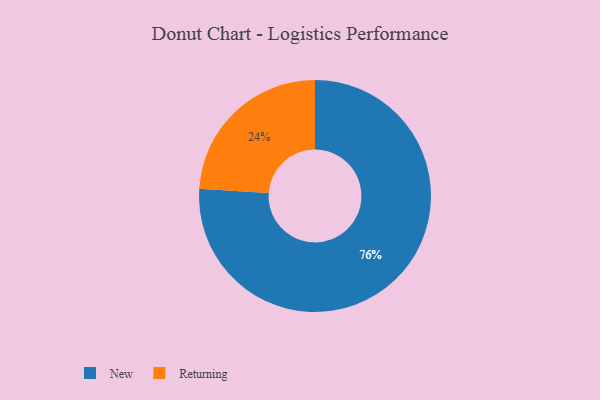
{"axis": {"x": "Category", "y": "Percentage"}, "legend": ["New", "Returning"], "data": [{"x": "Returning", "y": 24, "type": "Returning"}, {"x": "New", "y": 76, "type": "New"}]}